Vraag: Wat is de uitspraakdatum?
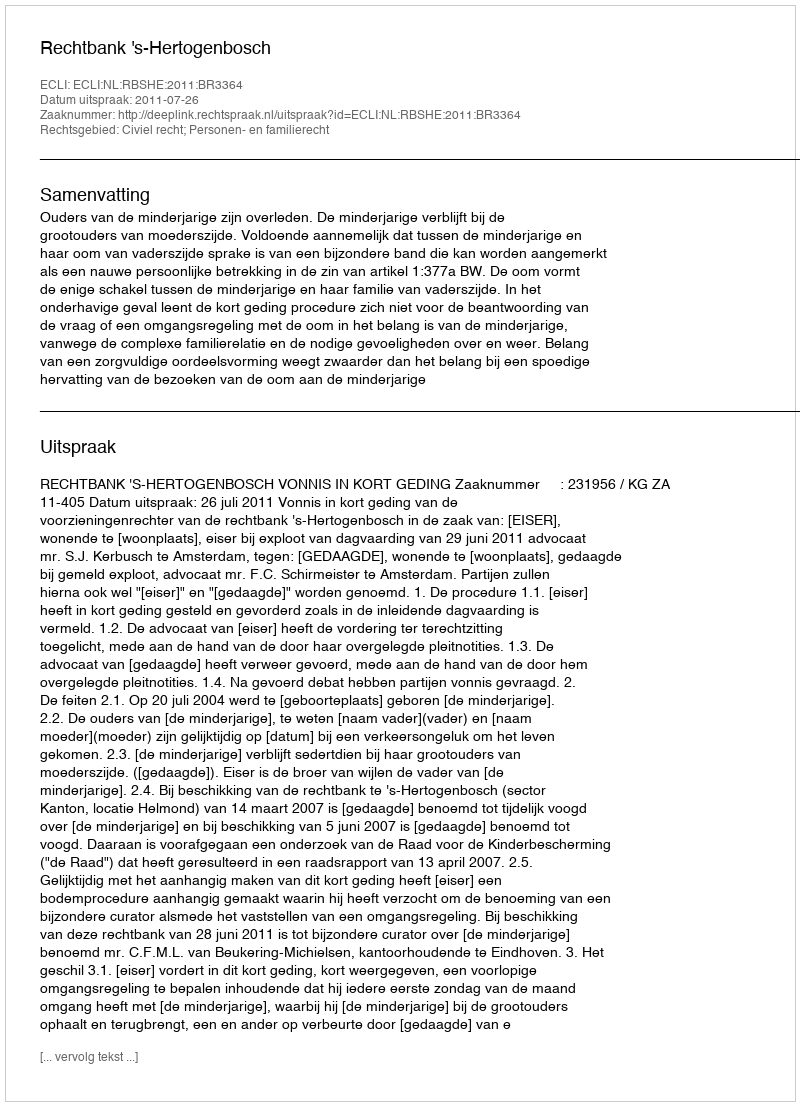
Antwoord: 2011-07-26